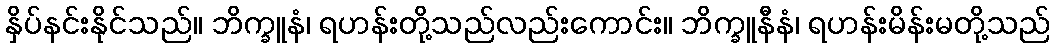
နှိပ်နင်းနိုင်သည်။ ဘိက္ခူနံ၊ ရဟန်းတို့သည်လည်းကောင်း။ ဘိက္ခူနီနံ၊ ရဟန်းမိန်းမတို့သည်